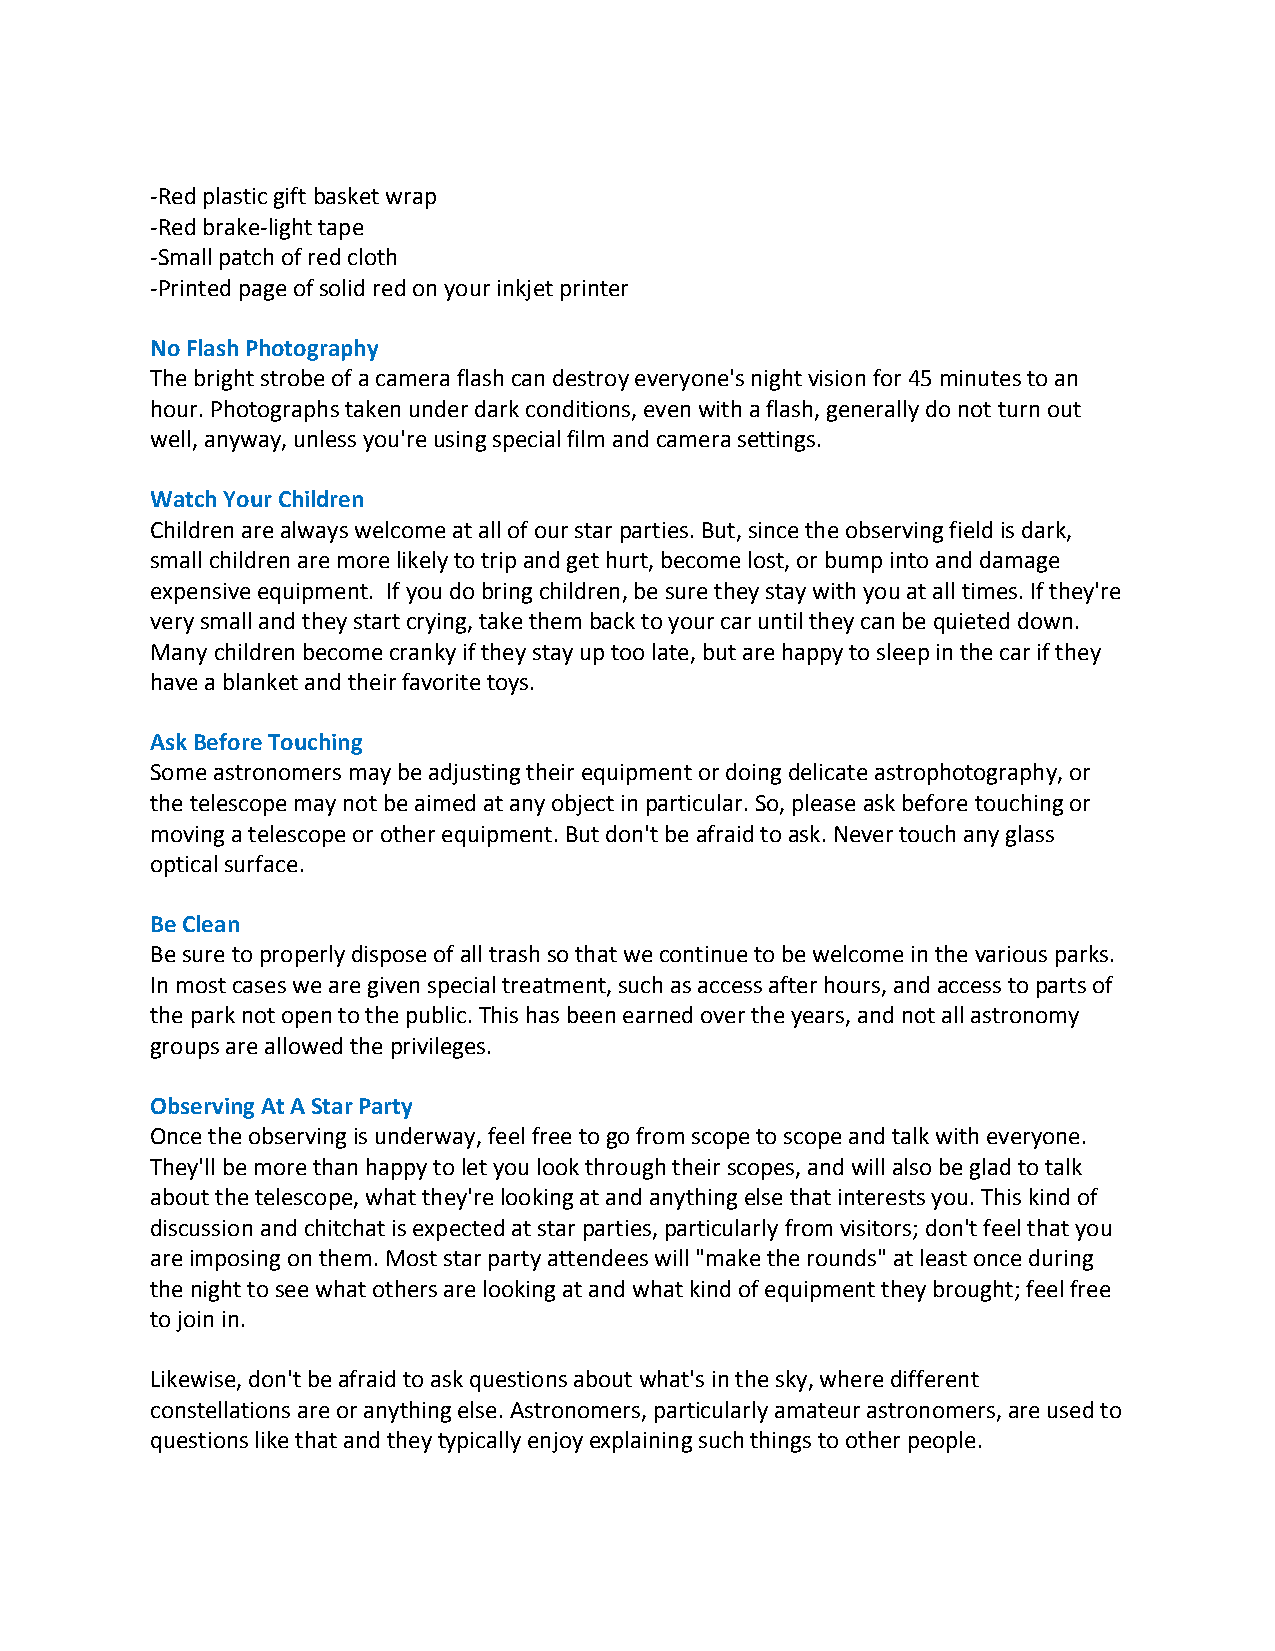
‐Red plastic gift basket wrap
 ‐Red brake‐light tape
 ‐Small patch of red cloth
 ‐Printed page of solid red on your inkjet printer
 No Flash Photography
 The bright strobe of a camera flash can destroy everyone's night vision for 45 minutes to an
 hour. Photographs taken under dark conditions, even with a flash, generally do not turn out
 well, anyway, unless you're using special film and camera settings.
 Watch Your Children
 Children are always welcome at all of our star parties. But, since the observing field is dark,
 small children are more likely to trip and get hurt, become lost, or bump into and damage
 expensive equipment. If you do bring children, be sure they stay with you at all times. If they're
 very small and they start crying, take them back to your car until they can be quieted down.
 Many children become cranky if they stay up too late, but are happy to sleep in the car if they
 have a blanket and their favorite toys.
 Ask Before Touching
 Some astronomers may be adjusting their equipment or doing delicate astrophotography, or
 the telescope may not be aimed at any object in particular. So, please ask before touching or
 moving a telescope or other equipment. But don't be afraid to ask. Never touch any glass
 optical surface.
 Be Clean
 Be sure to properly dispose of all trash so that we continue to be welcome in the various parks.
 In most cases we are given special treatment, such as access after hours, and access to parts of
 the park not open to the public. This has been earned over the years, and not all astronomy
 groups are allowed the privileges.
 Observing At A Star Party
 Once the observing is underway, feel free to go from scope to scope and talk with everyone.
 They'll be more than happy to let you look through their scopes, and will also be glad to talk
 about the telescope, what they're looking at and anything else that interests you. This kind of
 discussion and chitchat is expected at star parties, particularly from visitors; don't feel that you
 are imposing on them. Most star party attendees will "make the rounds" at least once during
 the night to see what others are looking at and what kind of equipment they brought; feel free
 to join in.
 Likewise, don't be afraid to ask questions about what's in the sky, where different
 constellations are or anything else. Astronomers, particularly amateur astronomers, are used to
 questions like that and they typically enjoy explaining such things to other people.